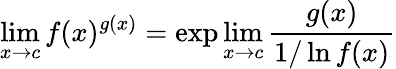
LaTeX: \operatorname*{lim}_{x\to c}f(x)^{g(x)}=\exp\operatorname*{lim}_{x\to c}{\frac{g(x)}{1/\ln f(x)}}